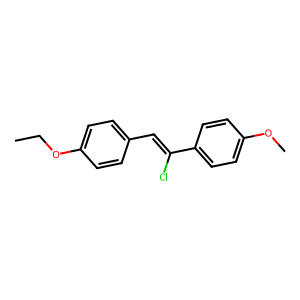
SMILES: CCOc1ccc(C=C(Cl)c2ccc(OC)cc2)cc1
Inhibits HIV replication: No